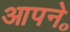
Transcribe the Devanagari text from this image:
आपने॰